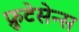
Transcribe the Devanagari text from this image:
फ्रुटेसेन्स